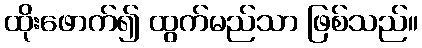
ထိုးဖောက်၍ ထွက်မည်သာ ဖြစ်သည်။